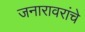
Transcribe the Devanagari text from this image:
जनारावरांचे